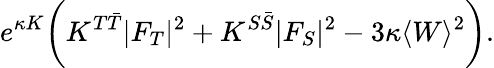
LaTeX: e^{\kappa K}\biggl(K^{T\bar{T}}|F_{T}|^{2}+K^{S\bar{S}}|F_{S}|^{2}-3\kappa\langle W\rangle^{2}\biggr).